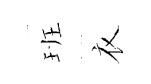
班衣